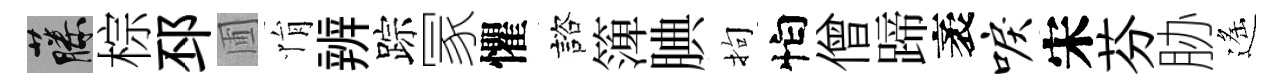
藤棕邳圃悁辨踪冡懼諮𥱼腆拘怕僧蹄袤唳宋芬胁遙